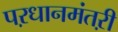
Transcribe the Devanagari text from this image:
पऱधानमंतऱी